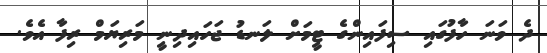
ދެ ވަނަ ހާފުގައި ސިފައިންގެ ޓީމަށް ލަނޑު ޖަހައިދިނީ މަރިޔަމް ރިފާ އެވެ.